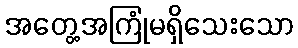
အတွေ့အကြုံမရှိသေးသော